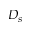
D _ { s }